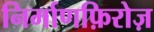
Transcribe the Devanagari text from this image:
निर्माणफ़िरोज़